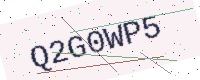
Text: Q2G0WP5